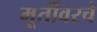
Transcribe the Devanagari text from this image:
मूर्तीवरचे